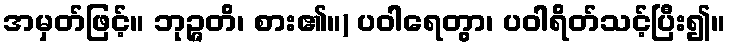
အမှတ်ဖြင့်။ ဘုဉ္ဇတိ၊ စား၏။) ပဝါရေတွာ၊ ပဝါရိတ်သင့်ပြီး၍။